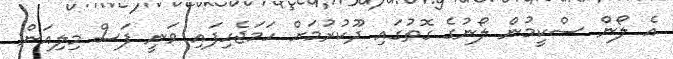
އެ ލޯން ސްކީމުން ލޯނުގެ ގޮތުގައި ދޫކުރުމަށް ހަމަޖެހިފައި ވަނީ ފަސް މިލިއަން